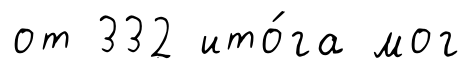
от 332 ито́га мог